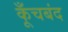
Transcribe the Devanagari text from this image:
कूँचबंद